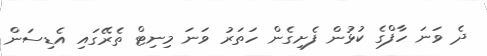
ދެ ވަނަ ހާފްގެ ކުޅުން ފެށިގެން ހަތަރު ވަނަ މިނިޓް ތެރޭގައި އެޑިސަން